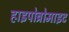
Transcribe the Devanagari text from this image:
हाइपोब्रोमाइट